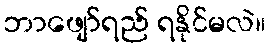
ဘာဖျော်ရည် ရနိုင်မလဲ။